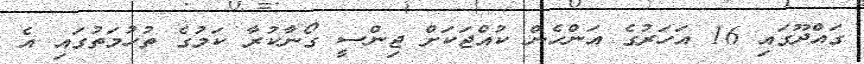
ގައްދޫގައި 16 އަހަރުގެ އަންހެން ކުއްޖަކަށް ޖިންސީ ގޯނާކުރާ ކަމުގެ ތުހުމަތުގައި އެ